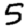
Digit: 5